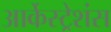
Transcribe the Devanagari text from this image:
आर्केस्ट्रेशंस